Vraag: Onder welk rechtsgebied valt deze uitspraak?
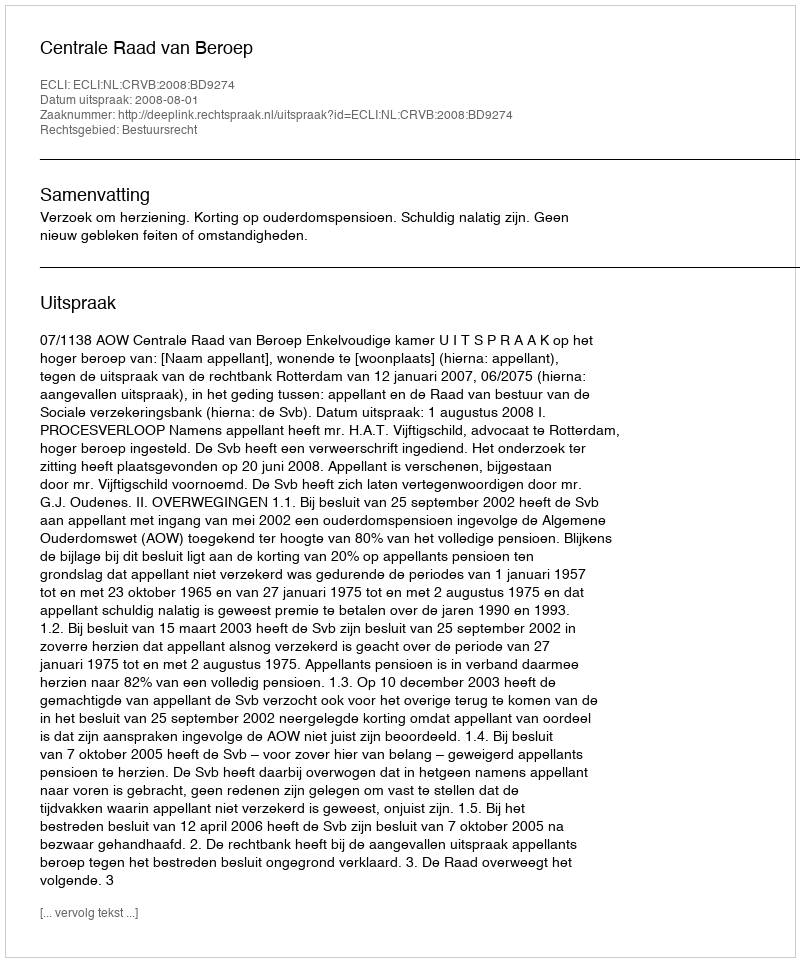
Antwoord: Bestuursrecht